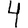
Digit: 4